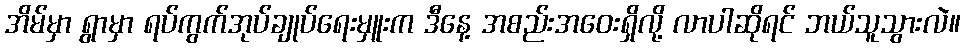
အိမ်မှာ ရွာမှာ ရပ်ကွက်အုပ်ချုပ်ရေးမှူးက ဒီနေ့ အစည်းအဝေးရှိလို့ လာပါဆိုရင် ဘယ်သူသွားလဲ။